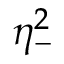
\eta _ { - } ^ { 2 }